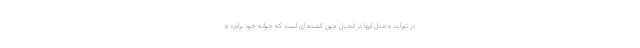
در تورات و مثل آنها در انجيل چون كشته اى است كه جوانه خود برآورد و